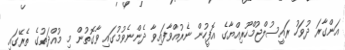
އަންގާރަ ދުވަހު ރައީސުލްޖުމްހޫރިއްޔާގެ އޮފީހުން ނެރުއްވާފައިވާ ދެންނެވުމުގައި ވާގޮތުން މި މުއްދަތުގެ ތެރޭގައި